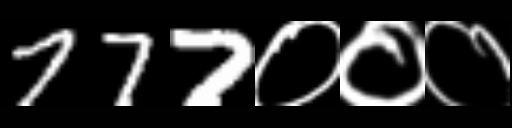
Text: 777०००